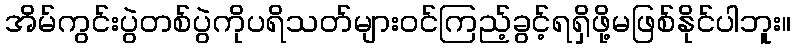
အိမ်ကွင်းပွဲတစ်ပွဲကိုပရိသတ်များဝင်ကြည့်ခွင့်ရရှိဖို့မဖြစ်နိုင်ပါဘူး။